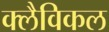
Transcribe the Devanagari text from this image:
क्लैविकल